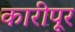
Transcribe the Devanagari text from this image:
कारीपूर